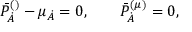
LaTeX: \bar { P } _ { \dot { A } } ^ { ( \l ) } - \mu _ { \dot { A } } = 0 , \qquad \bar { P } _ { \dot { A } } ^ { ( \mu ) } = 0 ,